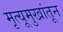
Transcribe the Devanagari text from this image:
मृत्यूमुखांतून